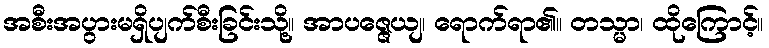
အစီးအပွားမရှိပျက်စီးခြင်းသို့။ အာပဇ္ဇေယျ၊ ရောက်ရာ၏။ တသ္မာ၊ ထိုကြောင့်။